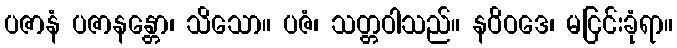
ပဇာနံ ပဇာနန္တော၊ သိသော။ ပဇံ၊ သတ္တဝါသည်။ နဝိဝဒေ၊ မငြင်းခုံရာ။